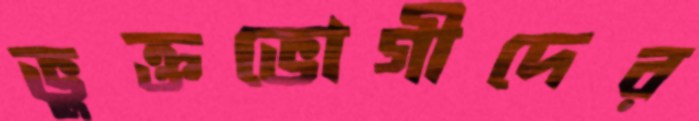
ভুক্তভোগীদের